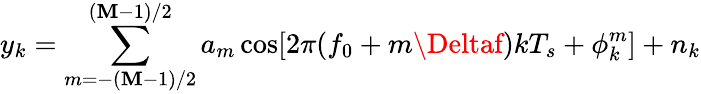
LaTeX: y_{k}=\sum_{m=-(\mathbf{M}{-}1)/2}^{(\mathbf{M}{-}1)/2}a_{m}\cos[2\pi(f_{0}+m\Deltaf)kT_{s}+\phi_{k}^{m}]+n_{k}